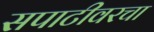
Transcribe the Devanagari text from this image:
सपाटीवरचा